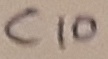
Text: C10